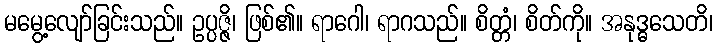
မမွေ့လျော်ခြင်းသည်။ ဥပ္ပဇ္ဇိ၊ ဖြစ်၏။ ရာဂေါ၊ ရာဂသည်။ စိတ္တံ၊ စိတ်ကို။ အနုဒ္ဓသေတိ၊